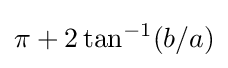
\pi +2\tan ^{-1}(b/a)